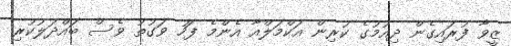
ޒީވާ ފުރައިގެން ދިއުމުގެ ކުރިން އަކްމަލްއާ އެންމެ ފަހު ވަގުތު ވެސް ބައްދަލުކުރި